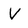
Character: V